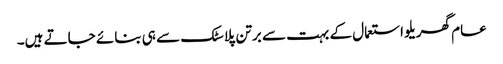
عام گھریلو استعمال کے بہت سے برتن پلاسٹک سے ہی بنائے جاتے ہیں۔